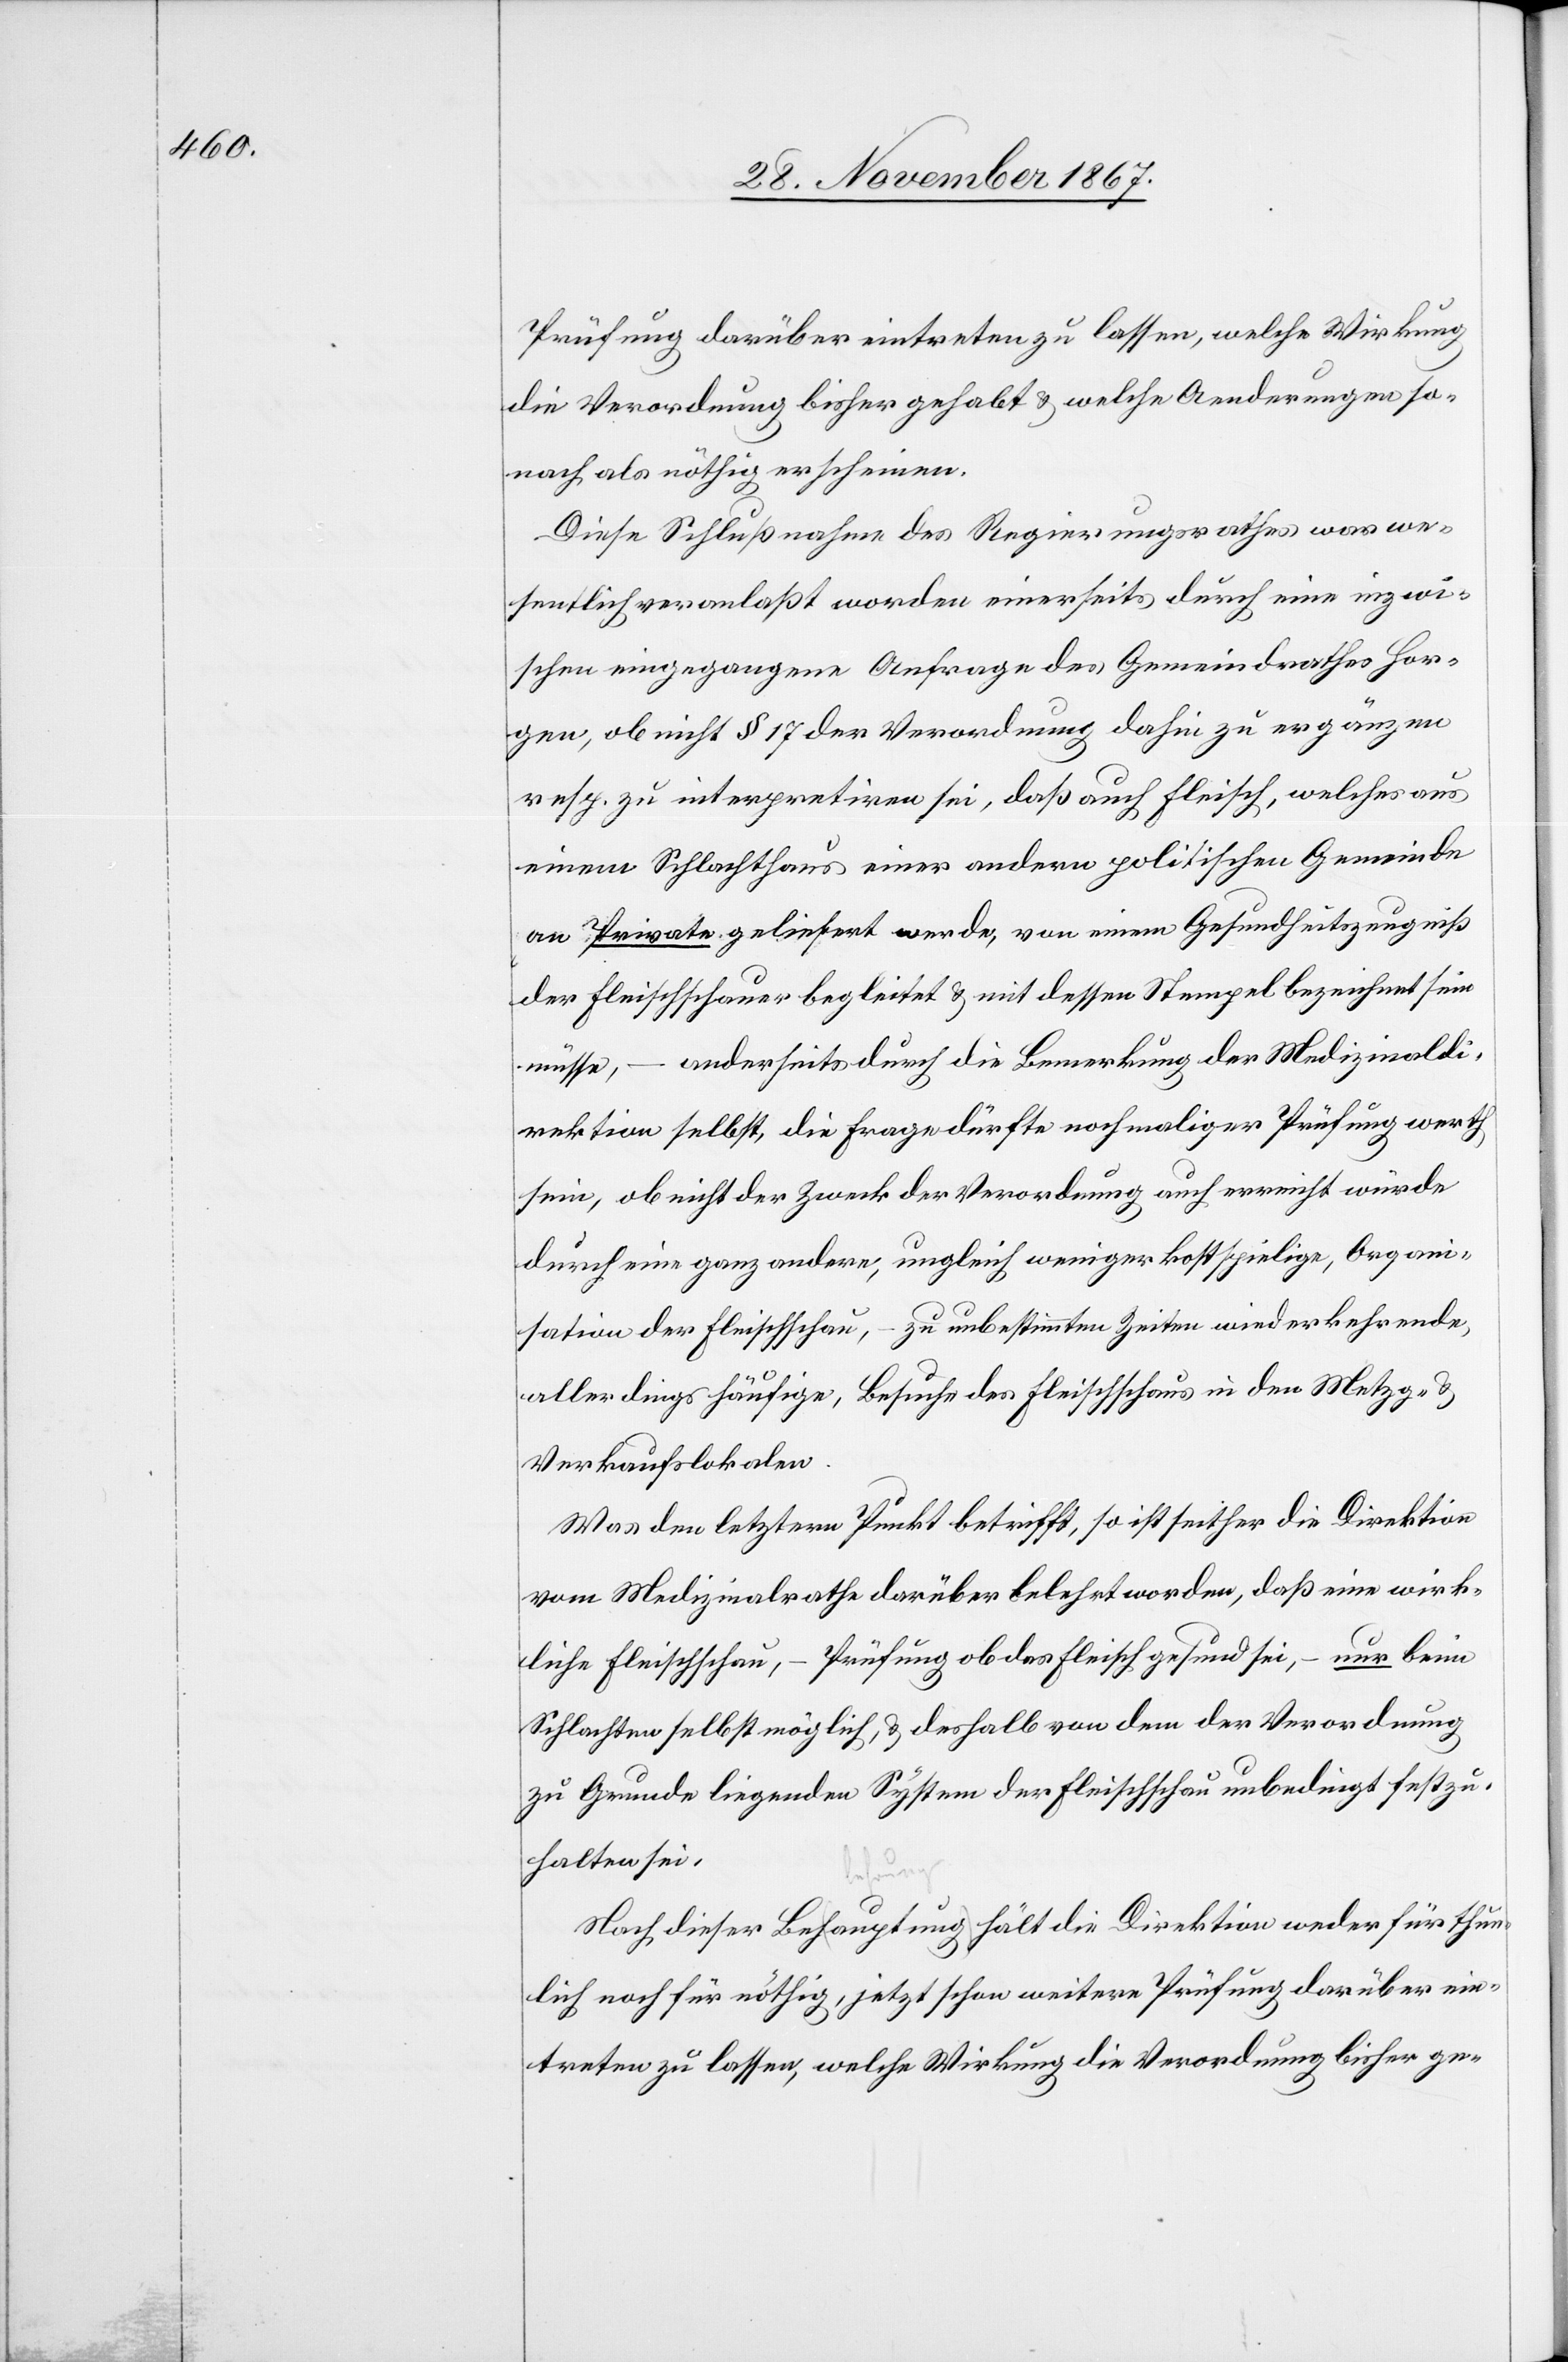
Prüfung darüber eintreten zu lassen, welche Wirkung
die Verordnung bisher gehabt u. welche Aenderungen so¬
nach als nöthig erscheinen.
Diese Schlußnahme des Regierungsrathes war we¬
sentlich veranlaßt worden einerseits durch eine inzwi¬
schen eignetretene Anfrage des Gemeindrathes Hor¬
gen, ob nicht § 17 der Verordnung dahin zu ergänzen
resp. zu interpretiren sei, daß auch Fleisch, welches aus
einem Schlachthaus einer andern politischen Gemeinde
an Private geliefert werde, von einem Gesundehitszeugniß
der Fleischschauer begleitet u. mit dessen Stempel bezeichnet sein
müsse, – anderseits durch die Bemerkung der Medizinaldi¬
rektion selbst, die Frage dürfte nochmaliger Prüfung werth
sein, ob nicht der Zweck der Verordnung auch erreicht werde
durch eine ganz andere, ungleich weniger kostspielige, Organi¬
sation der Fleischschau, – zu unbestimmten Zeiten wiederkehrende,
allerdings häufige, Besuche des Fleischschaus in den Metzg- u.
Verkaufslokalen.
Was den letztern Punkt betrifft, so ist seither die Direktion
liche Fleischschau, – Prüfung ob das Fleisch gesund sei, – nur beim
Schlachten selbst möglich, u. deshalb von dem der Verordnung
zu Grunde liegenden System der Fleischschau unbedingt festzu¬
halten sei.
thun¬
lich noch für nöthig, jetzt schon weitere Prüfung darüber ein¬
treten zu lassen, welche Wirkung die Verordnung bisher ge-